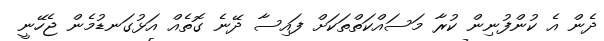
ދެން އެ ކުންފުނިން ކުރާ މަސައްކަތްތަކަށް ފައިސާ ދޭނެ ގޮތެއް އަޅުގަނޑުމެން ޖެހޭނީ